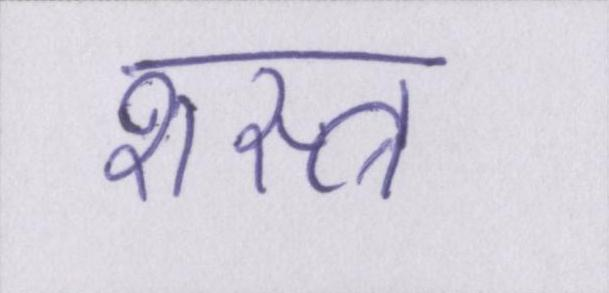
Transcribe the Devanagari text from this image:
शस्त्र